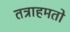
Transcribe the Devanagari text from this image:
तत्राहमतो